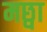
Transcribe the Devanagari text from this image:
मछ्वा